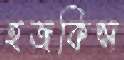
হজকিন্স